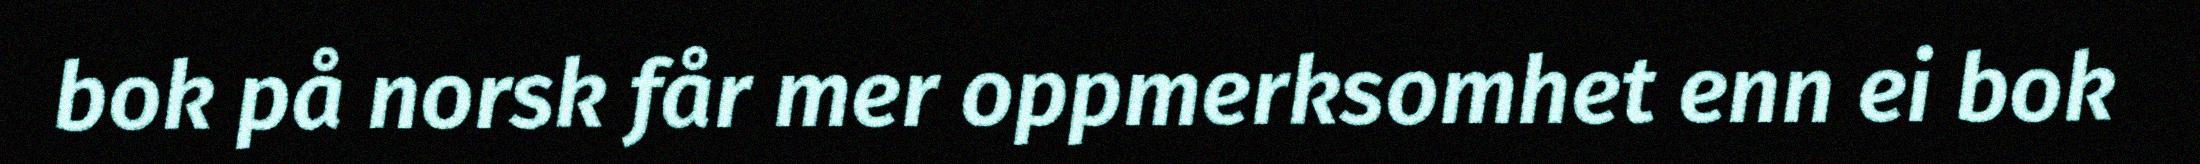
bok på norsk får mer oppmerksomhet enn ei bok